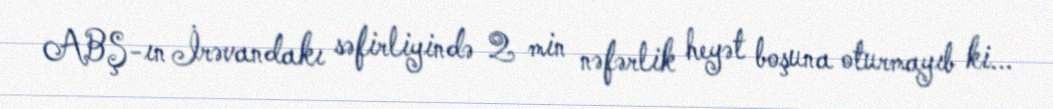
ABŞ-ın İrəvandakı səfirliyində 2 min nəfərlik heyət boşuna oturmayıb ki...